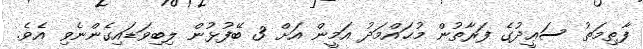
ފާޠިމަތު ސަޢީދުގެ ފަރާތުން މުޙައްމަދު އަމީން އަށް 3 ބޭފުޅުން ލިބިވަޑައިގެންނެވި އެވެ.